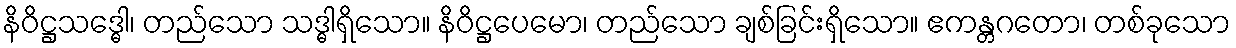
နိဝိဋ္ဌသဒ္ဓေါ၊ တည်သော သဒ္ဓါရှိသော။ နိဝိဋ္ဌပေမော၊ တည်သော ချစ်ခြင်းရှိသော။ ဧကန္တဂတော၊ တစ်ခုသော